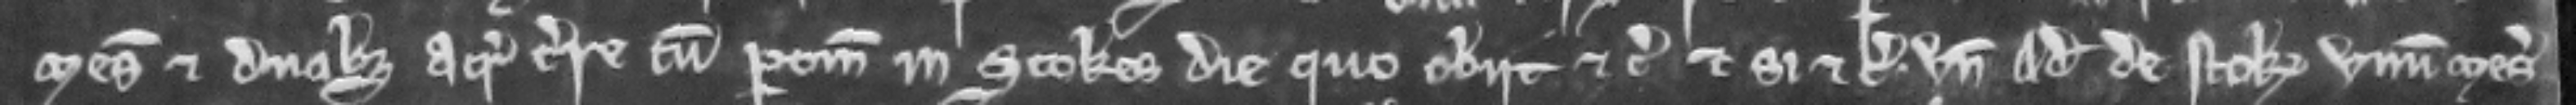
mesuagio et duabus acris terre cum pertinenciis in Stokes die quo obilt etc. et si etc. Unde Adam de Stok unum mesuagium